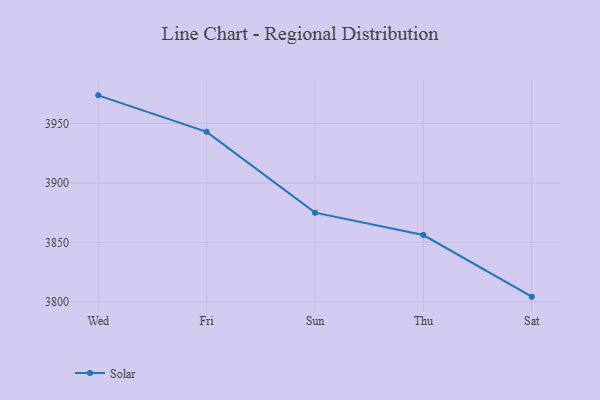
{"axis": {"x": "Day", "y": "Waste Production (Tons)"}, "legend": ["Solar"], "data": [{"x": "Wed", "y": 3973.6, "type": "Solar"}, {"x": "Fri", "y": 3942.9, "type": "Solar"}, {"x": "Sun", "y": 3875.0, "type": "Solar"}, {"x": "Thu", "y": 3856.2, "type": "Solar"}, {"x": "Sat", "y": 3804.4, "type": "Solar"}]}